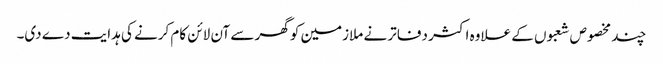
چند مخصوص شعبوں کے علاوہ اکثر دفاتر نے ملازمین کو گھر سے آن لائن کام کرنے کی ہدایت دے دی۔